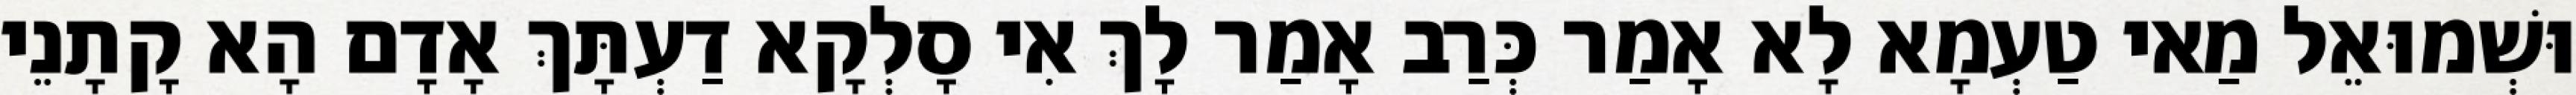
וּשְׁמוּאֵל מַאי טַעְמָא לָא אָמַר כְּרַב אָמַר לָךְ אִי סָלְקָא דַעְתָּךְ אָדָם הָא קָתָנֵי